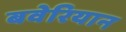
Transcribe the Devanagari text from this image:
बवेरियान